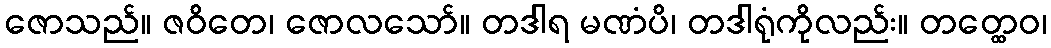
ဇောသည်။ ဇဝိတေ၊ ဇောလသော်။ တဒါရ မဏံပိ၊ တဒါရုံကိုလည်း။ တတ္ထေဝ၊